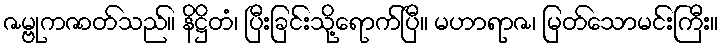
ဇမ္ဗုကဇာတ်သည်။ နိဋ္ဌိတံ၊ ပြီးခြင်းသို့ရောက်ပြီ။ မဟာရာဇ၊ မြတ်သောမင်းကြီး။